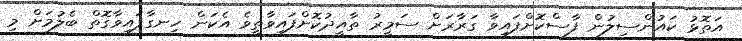
އަތޮޅު ކައުންސިލުން ފާސްކޮށްފައިވާ ގަރާރަށް ސަމީރު ތާއީދުކޮށްފައިވާތީވެ އެކަން ހިނގާފައިވާގޮތް ބެލުމަށް މި